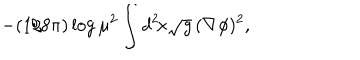
- ( 1 / 8 \pi ) \log \mu ^ { 2 } \int d ^ { 2 } \! x \sqrt { g } \, ( \nabla \phi ) ^ { 2 } ,